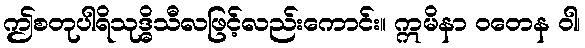
ဤစတုပါရိသုဒ္ဓိသီလဖြင့်လည်းကောင်း။ ဣမိနာ ဝတေန ဝါ၊